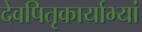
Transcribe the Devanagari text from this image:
देवपितृकार्याभ्यां